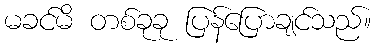
မခင်မိ တစ်ခုခု ပြန်ပြောချင်သည်။